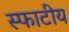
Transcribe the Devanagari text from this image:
स्फाटीय